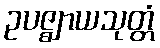
ဥပဇ္ဈာယသုတ္တံ